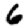
Digit: 6